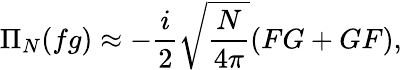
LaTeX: \Pi_{N}(fg)\approx-\frac{i}{2}\sqrt{\frac{N}{4\pi}}(FG+GF),